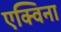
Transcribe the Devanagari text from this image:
एक्विना